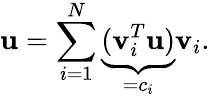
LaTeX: \mathbf{u}=\sum_{i=1}^{N}\underbrace{(\mathbf{v}_{i}^{T}\mathbf{u})}_{=c_{i}}\mathbf{v}_{i}.